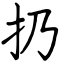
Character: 扔